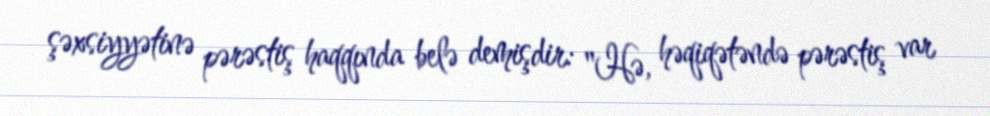
şəxsiyyətinə pərəstiş haqqında belə demişdir: "Hə, həqiqətəndə pərəstiş var